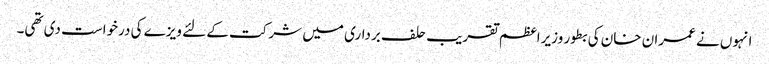
انہوں نے عمران خان کی بطور وزیراعظم تقریب حلف برداری میں شرکت کے لئے ویزے کی درخواست دی تھی۔